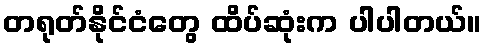
တရုတ်နိုင်ငံတွေ ထိပ်ဆုံးက ပါပါတယ်။